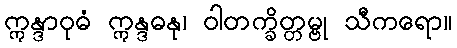
ဣန္ဒာဝုဓံ ဣန္ဒဓနု၊ ဝါတက္ခိတ္တမ္ဗု သီကရော။